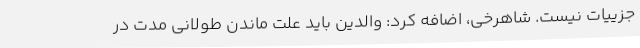
جزییات نیست. شاهرخی، اضافه کرد: والدین باید علت ماندن طولانی مدت در